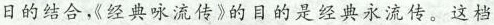
日的结合，《经典咏流传》的目的是经典永流传。这档